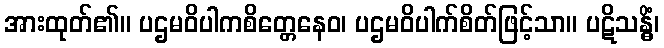
အားထုတ်၏။ ပဌမဝိပါကစိတ္တေနေဝ၊ ပဌမဝိပါက်စိတ်ဖြင့်သာ။ ပဋိသန္ဓိံ၊